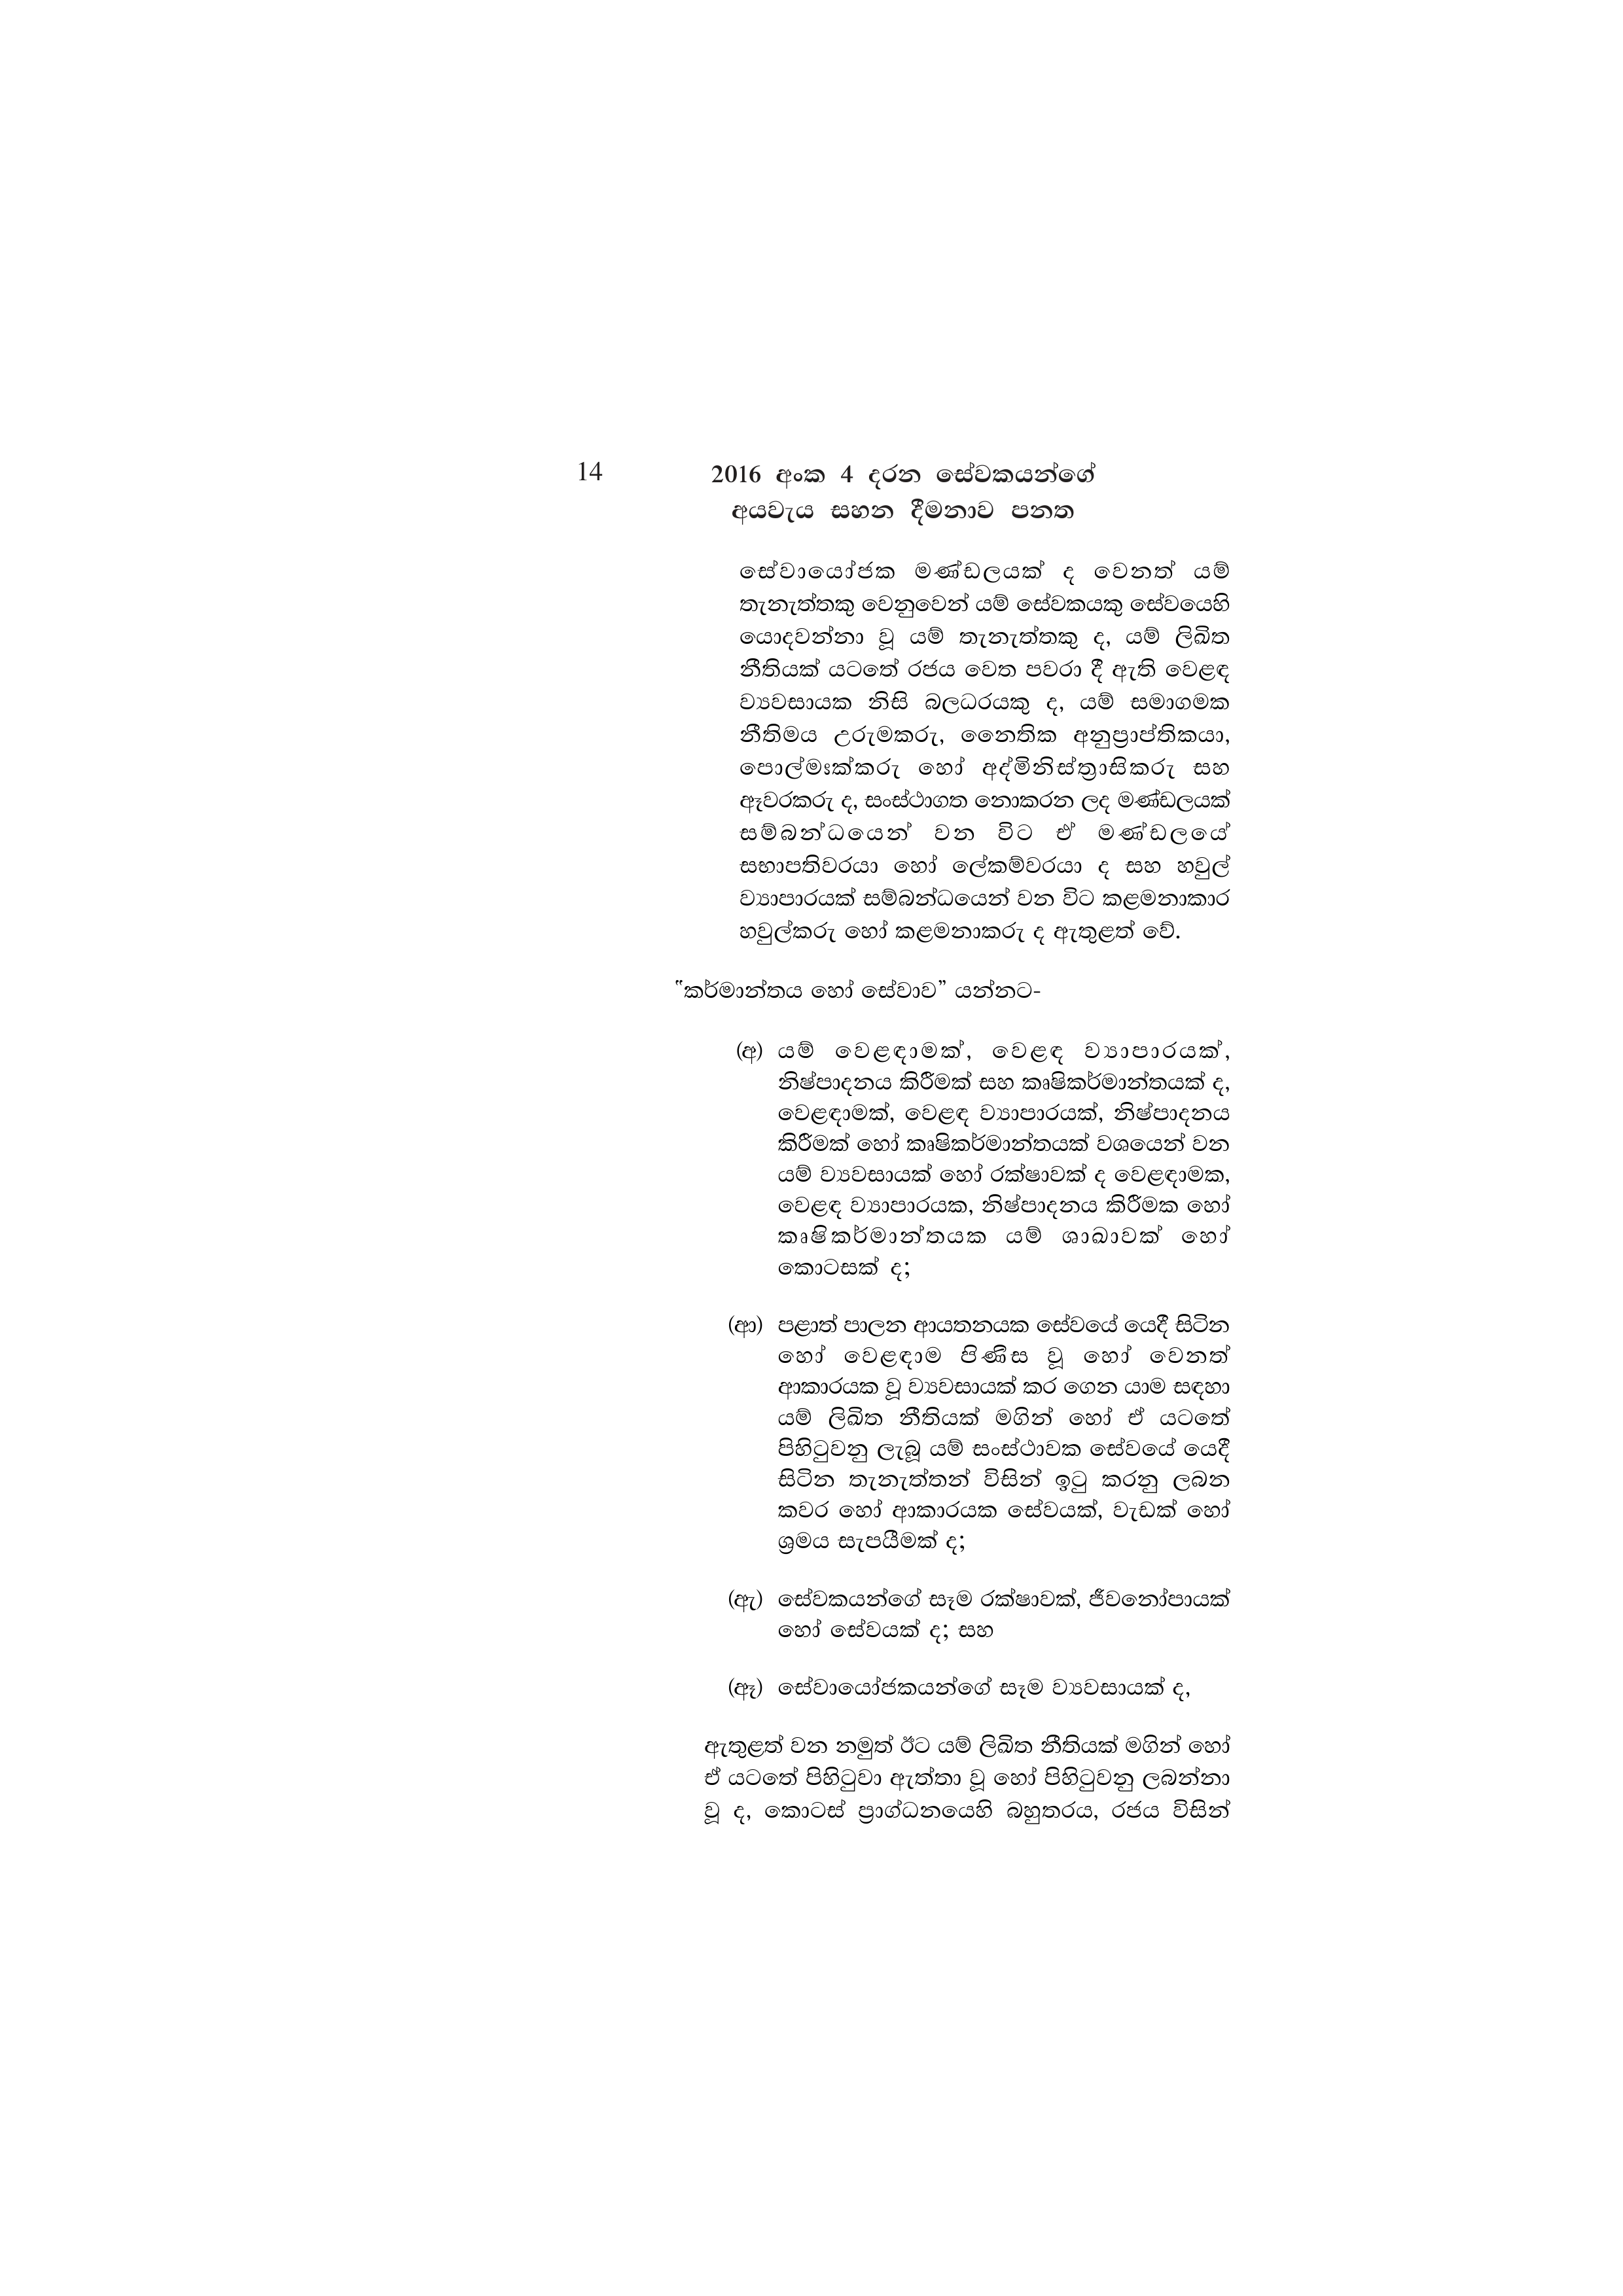
14 2016 අංක 4 දරන සේවකයන්ගේ
අයවැය සහන දීමනාව පනත

සේවායෝජක මණ්ඩලයක් ද වෙනත් යම්
තැනැත්තකු වෙනුවෙන් යම් සේවකයකු සේවයෙහි
යොදවන්නා වූ යම් තැනැත්තකු ද, යම් ලිඛිත
නීතියක් යටතේ රජය වෙත පවරා දී ඇති වෙළඳ
ව්‍යවසායක නිසි බලධරයකු ද, යම් සමාගමක
නීතිමය උරුමකරු, නෛතික අනුප්‍රාප්තිකයා,
පොල්මාක්කරු හෝ අද්මිනිස්ත්‍රාසිකරු සහ
ඈවරකරු ද, සංස්ථාගත නොකරන ලද මණ්ඩලයක්
සම්බන්ධයෙන් වන විට ඒ මණ්ඩලයේ
සභාපතිවරයා හෝ ලේකම්වරයා ද සහ හවුල්
ව්‍යාපාරයක් සම්බන්ධයෙන් වන විට කළමනාකාර
හවුල්කරු හෝ කළමනාකරු ද ඇතුළත් වේ.

"කර්මාන්තය හෝ සේවාව” යන්නට-

(අ) යම් වෙළඳාමක්, වෙළඳ ව්‍යාපාරයක්,
නිෂ්පාදනය කිරීමක් සහ කෘෂිකර්මාන්තයක් ද,
වෙළඳාමක්, වෙළඳ ව්‍යාපාරයක්, නිෂ්පාදනය
කිරීමක් හෝ කෘෂිකර්මාන්තයක් වශයෙන් වන
යම් ව්‍යවසායක් හෝ රක්ෂාවක් ද වෙළඳාමක,
වෙළඳ ව්‍යාපාරයක, නිෂ්පාදනය කිරීමක හෝ
කෘෂිකර්මාන්තයක යම් ශාඛාවක් හෝ
කොටසක් ද;

(ආ) පළාත් පාලන ආයතනයක සේවයේ යෙදී සිටින
හෝ වෙළඳාම පිණිස වූ හෝ වෙනත්
ආකාරයක වූ ව්‍යවසායක් කර ගෙන යාම සඳහා
යම් ලිඛිත නීතියක් මගින් හෝ ඒ යටතේ
පිහිටුවනු ලැබූ යම් සංස්ථාවක සේවයේ යෙදී
සිටින තැනැත්තන් විසින් ඉටු කරනු ලබන
කවර හෝ ආකාරයක සේවයක්, වැඩක් හෝ
ශ්‍රමය සැපයීමක් ද;

(ඇ) සේවකයන්ගේ සෑම රක්ෂාවක්, ජීවනෝපායක්
හෝ සේවයක් ද; සහ

(ඈ) සේවායෝජකයන්ගේ සෑම ව්‍යවසායක් ද,

ඇතුළත් වන නමුත් ඊට යම් ලිඛිත නීතියක් මගින් හෝ
ඒ යටතේ පිහිටුවා ඇත්තා වූ හෝ පිහිටුවනු ලබන්නා
වූ ද, කොටස් ප්‍රාග්ධනයෙහි බහුතරය, රජය විසින්